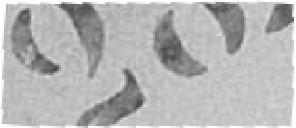
282